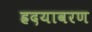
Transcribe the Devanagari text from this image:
ह्रदयावरण